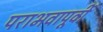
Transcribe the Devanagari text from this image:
पराभवापूर्वी